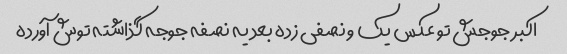
اکبر جوجش تو عکس یک و نصفی زده بعد یه نصفه جوجه گذاشته توش آورده